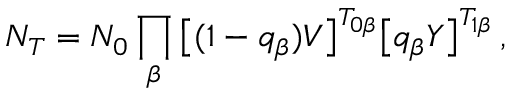
N _ { T } = N _ { 0 } \prod _ { \beta } \big [ ( 1 - q _ { \beta } ) V \big ] ^ { T _ { 0 \beta } } \big [ q _ { \beta } Y \big ] ^ { T _ { 1 \beta } } \, ,